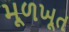
મૂળખૂત